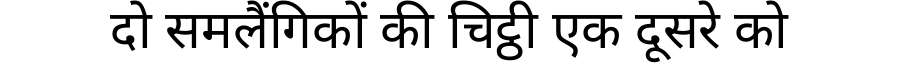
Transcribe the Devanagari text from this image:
दो समलैंगिकों की चिट्ठी एक दूसरे को